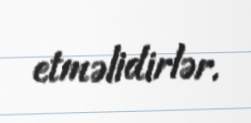
etməlidirlər.